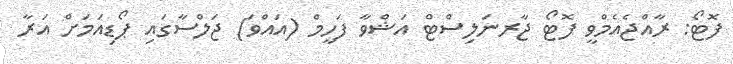
ފޮޓޯ: ރާއްޖެއެމްވީ ފޮޓޯ ޖާރނަލިސްޓް އަޝްވާ ފަހީމް (އައްވަ) ޖަލްސާގައި ޕޯޑިއަމަށް އަރާ